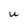
Character: U